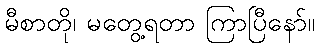
မီစာတို၊ မတွေ့ရတာ ကြာပြီနော်။